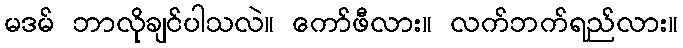
မဒမ် ဘာလိုချင်ပါသလဲ။ ကော်ဖီလား။ လက်ဘက်ရည်လား။